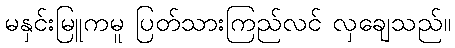
မနှင်းမြူကမူ ပြတ်သားကြည်လင် လှချေသည်။